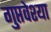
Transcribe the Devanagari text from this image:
गुप्तवेश्या